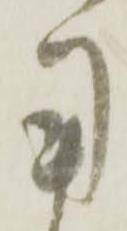
用